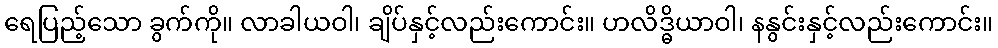
ရေပြည့်သော ခွက်ကို။ လာခါယဝါ၊ ချိပ်နှင့်လည်းကောင်း။ ဟလိဒ္ဓိယာဝါ၊ နနွင်းနှင့်လည်းကောင်း။